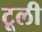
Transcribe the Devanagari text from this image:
टूली